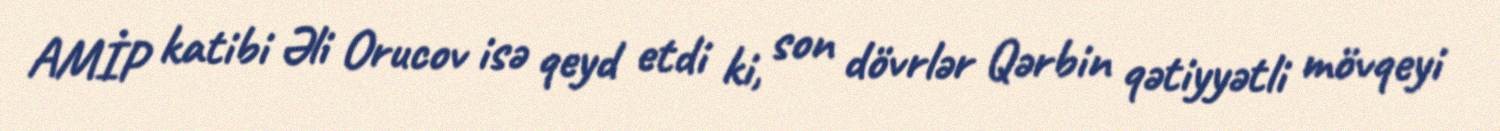
AMİP katibi Əli Orucov isə qeyd etdi ki, son dövrlər Qərbin qətiyyətli mövqeyi